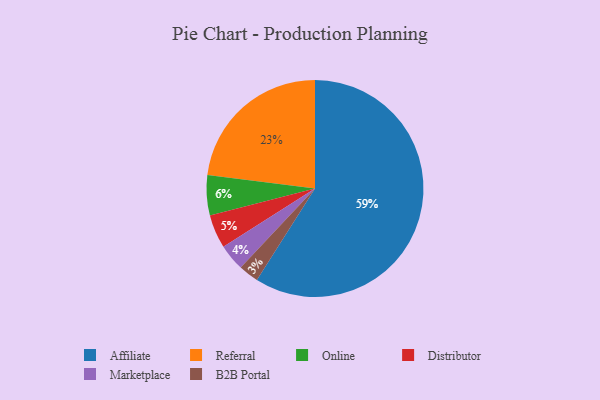
{"axis": {"x": "Category", "y": "Percentage"}, "legend": ["Affiliate", "B2B Portal", "Distributor", "Marketplace", "Online", "Referral"], "data": [{"x": "Referral", "y": 23, "type": "Referral"}, {"x": "B2B Portal", "y": 3, "type": "B2B Portal"}, {"x": "Distributor", "y": 5, "type": "Distributor"}, {"x": "Marketplace", "y": 4, "type": "Marketplace"}, {"x": "Affiliate", "y": 59, "type": "Affiliate"}, {"x": "Online", "y": 6, "type": "Online"}]}